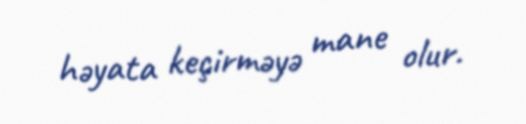
həyata keçirməyə mane olur.